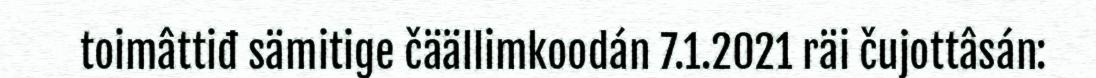
toimâttiđ sämitige čäällimkoodán 7.1.2021 räi čujottâsán: